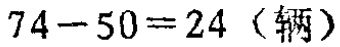
\(74 - 50 = 24 \text{（辆）}\)